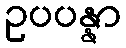
ဥပပန္နာ